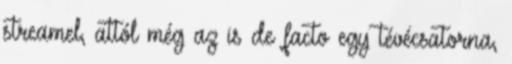
streamel, attól még az is de facto egy tévécsatorna,